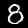
Digit: 8